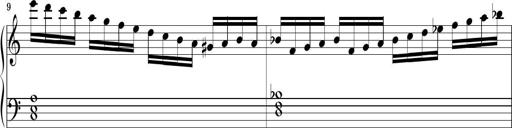
Title: Piano Sonatina No.1
Composer: Dimitri Sykias
Key: D minor